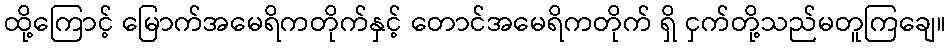
ထို့ကြောင့် မြောက်အမေရိကတိုက်နှင့် တောင်အမေရိကတိုက် ရှိ ငှက်တို့သည်မတူကြချေ။